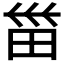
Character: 𱰭